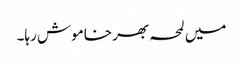
میں لمحہ بھر خاموش رہا۔